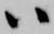
ハ